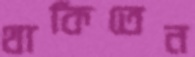
থাকিতেন